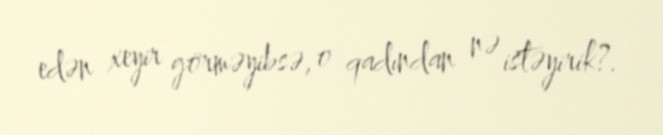
edən xeyir görməyibsə, o qadından nə istəyirik?.